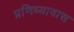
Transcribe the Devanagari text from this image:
प्रणिध्यावास